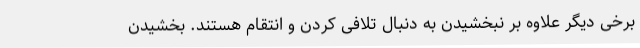
برخی دیگر علاوه بر نبخشیدن به دنبال تلافی ‌کردن و انتقام هستند. بخشیدن